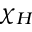
\chi _ { H }